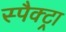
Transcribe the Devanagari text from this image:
स्पैक्ट्रा